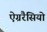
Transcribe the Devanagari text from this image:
ऐग्ररैसियो